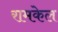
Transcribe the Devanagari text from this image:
रामकेल